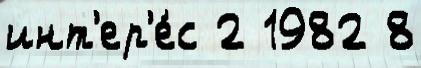
инт'ер'е́с 2 1982 8